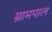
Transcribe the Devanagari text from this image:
ग्रामपाल